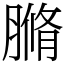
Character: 䐰